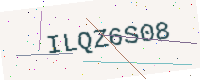
Text: ILQZ6S08